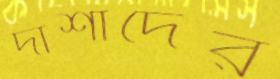
দার্শাদের